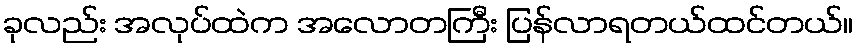
ခုလည်း အလုပ်ထဲက အလောတကြီး ပြန်လာရတယ်ထင်တယ်။